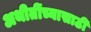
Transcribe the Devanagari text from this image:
अथीतींच्यासाठी